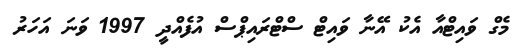
މެގް ވައިޓްއާ އެކު އޭނާ ވައިޓް ސްޓްރައިޕްސް އުފެއްދީ 1997 ވަނަ އަހަރު